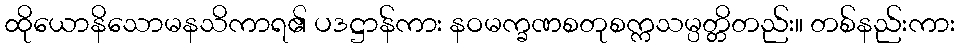
ထိုယောနိသောမနသိကာရ၏ ပဒဋ္ဌာန်ကား နဝမက္ခဏစတုစက္ကသမ္ပတ္တိတည်း။ တစ်နည်းကား